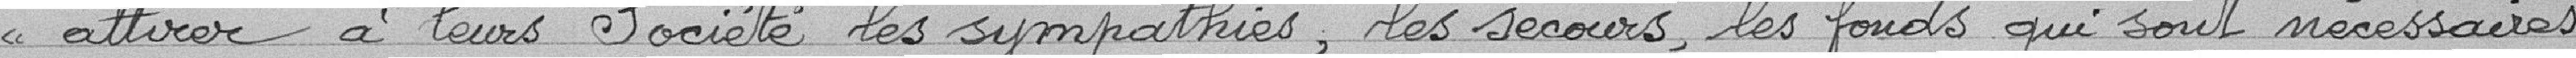
attirer à leurs Société les sympathies, les secours, les fonds qui sont nécessaires